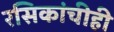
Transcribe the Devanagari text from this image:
रसिकांचीही